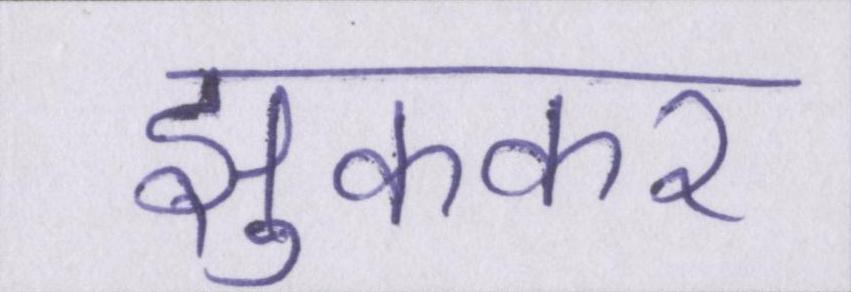
झुककर